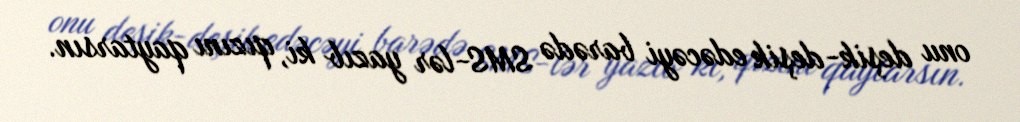
onu deşik-deşik edəcəyi barədə SMS-lər yazıb ki, qızını qaytarsın.